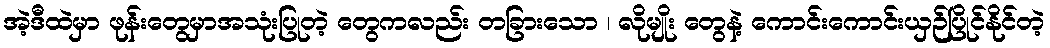
အဲ့ဒီထဲမှာ ဖုန်းတွေမှာအသုံးပြုတဲ့ တွေကလည်း တခြားသော ၊ လိုမျိုး တွေနဲ့ ကောင်းကောင်းယှဉ်ပြိုင်နိုင်တဲ့